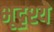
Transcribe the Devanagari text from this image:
भूदृश्ये